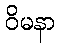
ဝိမနာ